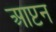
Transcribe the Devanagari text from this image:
आप्टन